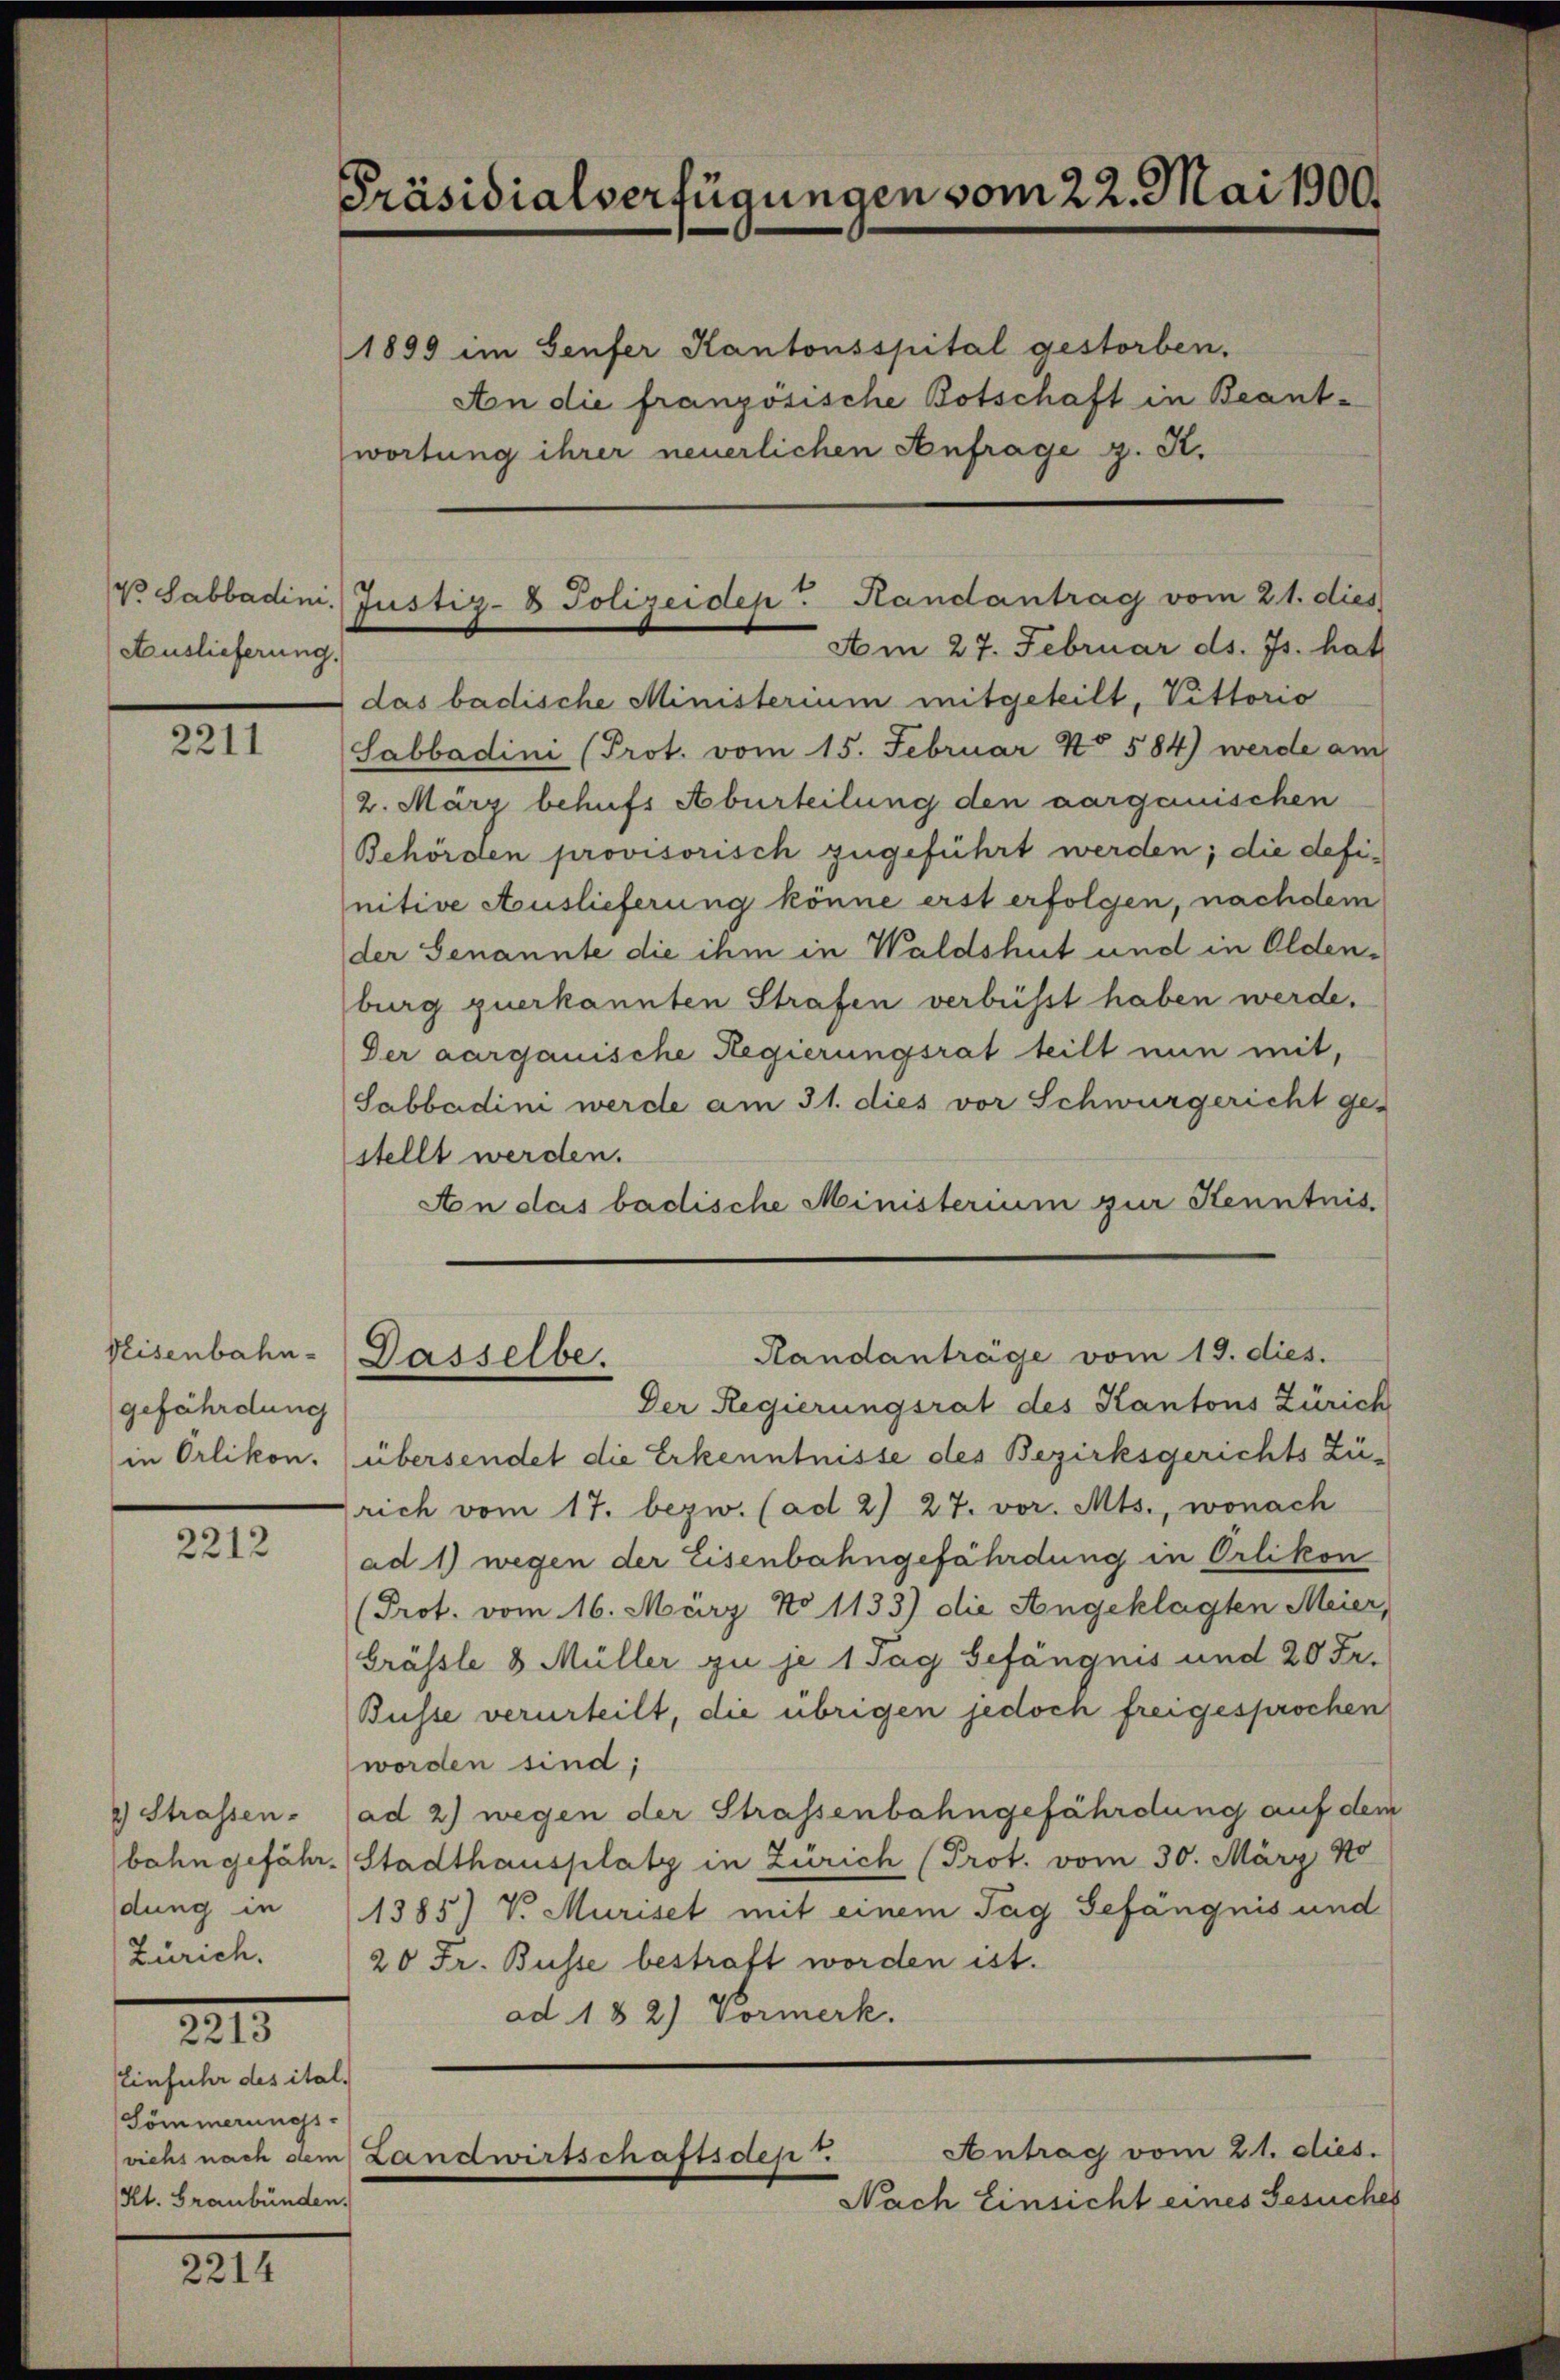
Auslieferung

2211

gefährdung
in Orlikon.

2212

2) Strassen.
bahn gefährdung in
Zürich.

221

XIII

Präsidialverfügungen vom 22. Mai 1900.

Einfuhr des ital.
Sömmerungs-
Kt. Graubünden.

1899 im Genfer Kantonsspital gestorben.
An die französische Botschaft in Beantwortung ihrer neuerlichen Anfrage z. S.

das badische Ministerium mitgeteilt, Vittorio
Sabbadini (Prot. vom 15. Februar No 584) werde am
2. März behufs Aburteilung den aarganischen
Behörden provisorisch zugeführt werden; die definitive Auslieferung könne erst erfolgen, nachdem
der Senannte die ihm in Waldshut und in Oldenburg zuerkannten Strafen verbüsst haben werde.
Der aargauische Regierungsrat teilt nun mit,
Sabbadini werde am 31. dies vor Schwurgericht gestellt werden.
An das badische Ministerium zur Kenntnis

Der Regierungsrat des Kantons Zürich
übersendet die Erkenntnisse des Bezirksgerichts Zü-
rich vom 17. bezw. (ad 2) 27. vor. Mts., wonach
ad 1) wegen der Eisenbahngefährdung in Orlikon
(Prot. vom 16. März No 1133) die Angeklagten Meier,
Grässle 8 Müller zu je 1 Tag Gefängnis und 20 Fr.
Busse verurteilt, die übrigen jedoch freigesprochen
worden sind;
ad 2) wegen der Strassenbahngefährdung auf dem
Stadthausplatz in Zürich (Prot. vom 30. März 1
1385) V. Muriset mit einem Tag Gefängnis und
20 Fr. Busse bestraft worden ist.
ad 182) Vormerk.
Antrag vom 21. dies.
viehs nach dem Landwirtschaftsdest.
Nach Einsicht eines Gesuches

Sabbadini, Justiz- & Polizeidep. Handantrag vom 21. dies
Am 27. Februar ds. Js. hat

Randanträge vom 19. dies.
Nisenbahn-Dasselbe.